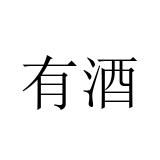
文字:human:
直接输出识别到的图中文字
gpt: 有酒